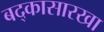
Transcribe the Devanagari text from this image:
बद्कासारखा